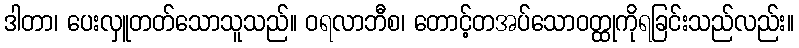
ဒါတာ၊ ပေးလှူတတ်သောသူသည်။ ဝရလာဘီစ၊ တောင့်တအပ်သောဝတ္ထုကိုရခြင်းသည်လည်း။